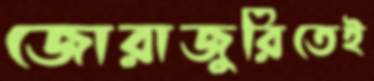
জোরাজুরিতেই